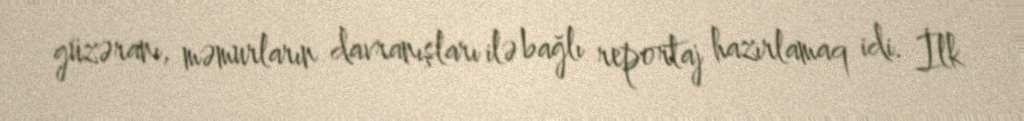
güzəranı, məmurların davranışları ilə bağlı reportaj hazırlamaq idi. İlk